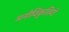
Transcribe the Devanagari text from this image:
मनोविकृतियाँ